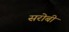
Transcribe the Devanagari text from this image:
सरोबी